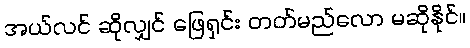
အယ်လင် ဆိုလျှင် ဖြေရှင်း တတ်မည်လော မဆိုနိုင်။